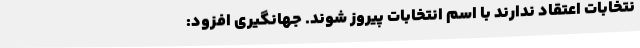
نتخابات اعتقاد ندارند با اسم انتخابات پیروز شوند. جهانگیری افزود: